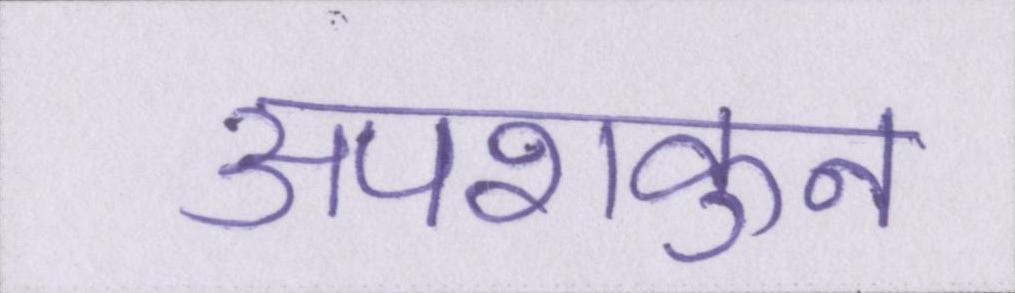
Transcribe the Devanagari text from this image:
अपशकुन